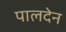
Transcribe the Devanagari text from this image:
पालदेन